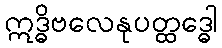
ဣဒ္ဓိဗလေနုပတ္ထဒ္ဓေါ